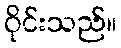
ဝိုင်းသည်။